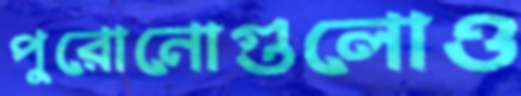
পুরোনোগুলোও